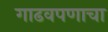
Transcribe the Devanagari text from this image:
गाढवपणाचा